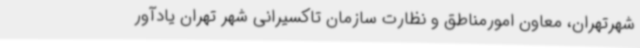
شهرتهران، معاون امورمناطق و نظارت سازمان تاکسیرانی شهر تهران یادآور